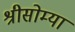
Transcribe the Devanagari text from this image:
श्रीसोम्या